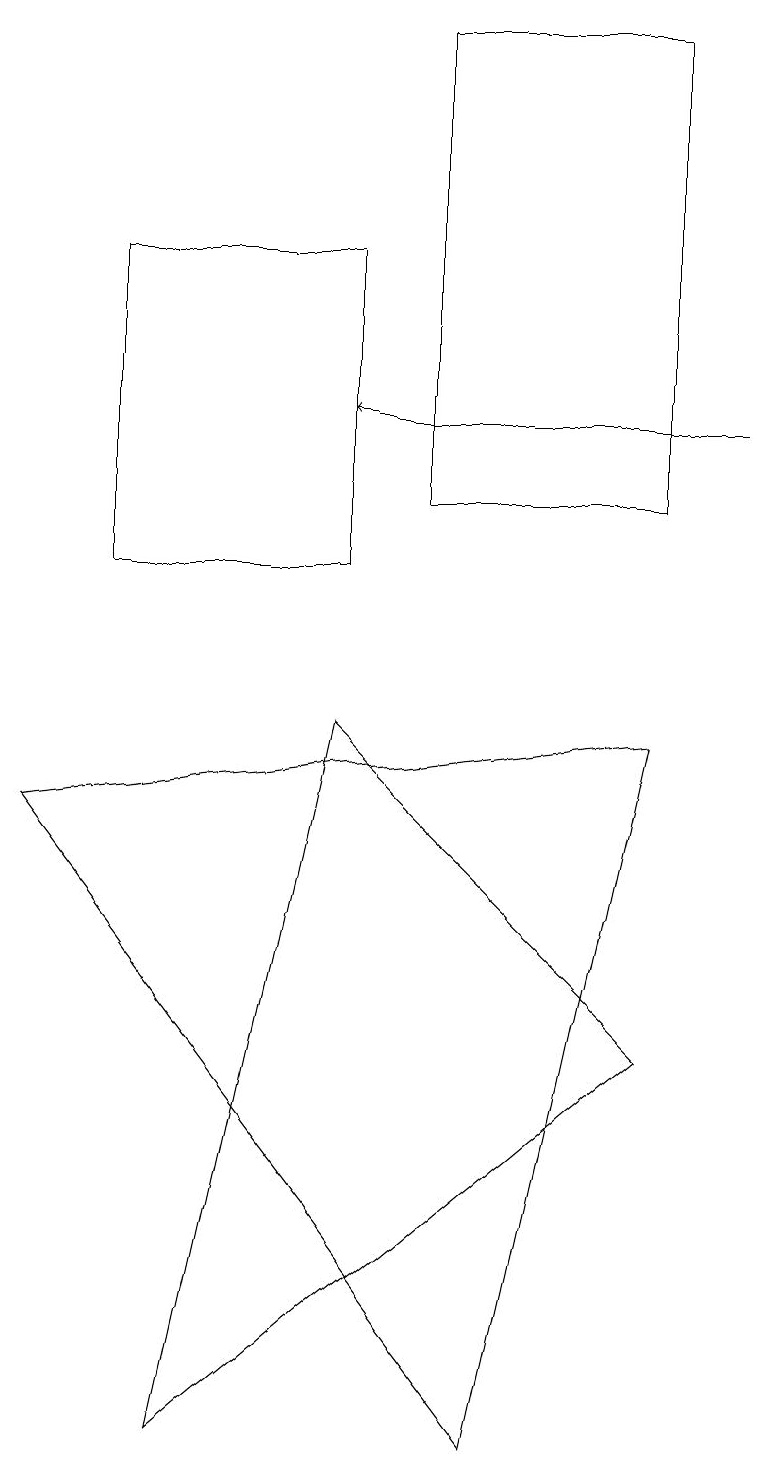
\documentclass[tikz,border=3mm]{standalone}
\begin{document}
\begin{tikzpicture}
\draw (8,5) -- (2,0) -- (4,9) -- cycle;
\draw (0,8) -- (8,9) -- (6,0) -- cycle;
\draw (8,18) rectangle (5,12);
\draw (1,11) rectangle (4,15);
\draw[->] (9,13) -- (4,13);
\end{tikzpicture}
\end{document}